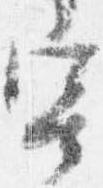
寄